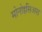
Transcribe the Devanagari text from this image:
मोनोइसिअस